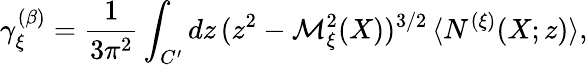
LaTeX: \gamma_{\xi}^{(\beta)}=\frac{1}{3\pi^{2}}\int_{C^{\prime}}dz\, (z^{2}-{\cal M}_{\xi}^{2}(X))^{3/2}\, \langle N^{(\xi)}(X;z)\rangle,